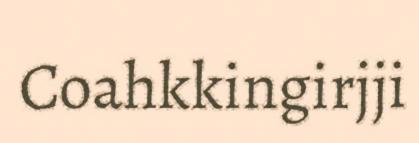
Coahkkingirjji